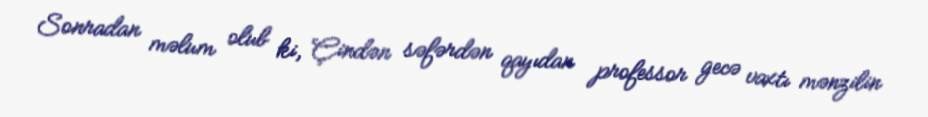
Sonradan məlum olub ki, Çindən səfərdən qayıdan professor gecə vaxtı mənzilin